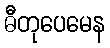
ဓီတုပေမေန